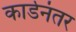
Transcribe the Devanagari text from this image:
कार्डनंतर